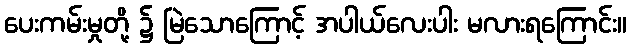
ပေးကမ်းမှုတို့ ၌ မြဲသောကြောင့် အပါယ်လေးပါး မလားရကြောင်း။